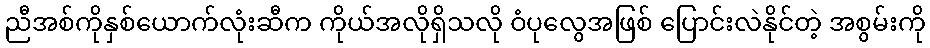
ညီအစ်ကိုနှစ်ယောက်လုံးဆီက ကိုယ်အလိုရှိသလို ဝံပုလွေအဖြစ် ပြောင်းလဲနိုင်တဲ့ အစွမ်းကို